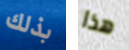
بذلك هذا